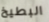
البطيخ